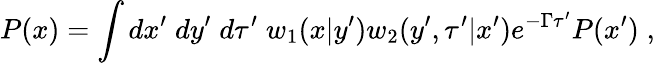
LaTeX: P(x)=\int dx^{\prime}\; dy^{\prime}\; d\tau^{\prime}\; w_{1}(x|y^{\prime})w_{2}(y^{\prime},\tau^{\prime}|x^{\prime})e^{-\Gamma\tau^{\prime}}P(x^{\prime})\; ,